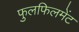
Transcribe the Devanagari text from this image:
फुलफिलमेंट